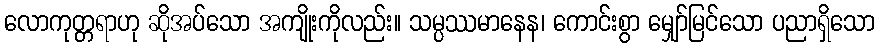
လောကုတ္တရာဟု ဆိုအပ်သော အကျိုးကိုလည်း။ သမ္ပဿမာနေန၊ ကောင်းစွာ မျှော်မြင်သော ပညာရှိသော